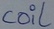
Text: coil